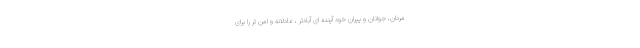
مردان، جوانان و پیران خود آینده ای آبادتر ، عادلانه و امن تر را برای